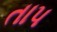
તાપ